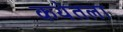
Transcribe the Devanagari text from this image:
कथेतला